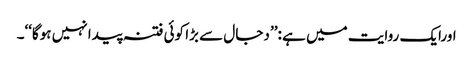
اورایک روایت میں ہے :’’ دجال سے بڑا کوئی فتنہ پیدا نہیں ہوگا‘‘۔